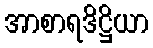
အာစာရဒိဋ္ဌိယာ